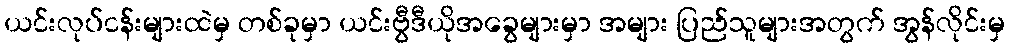
ယင်းလုပ်ငန်းများထဲမှ တစ်ခုမှာ ယင်းဗွီဒီယိုအခွေများမှာ အများ ပြည်သူများအတွက် အွန်လိုင်းမှ